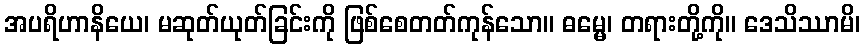
အပရိဟာနိယေ၊ မဆုတ်ယုတ်ခြင်းကို ဖြစ်စေတတ်ကုန်သော။ ဓမ္မေ၊ တရားတို့ကို။ ဒေသိဿာမိ၊